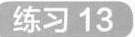
练习13